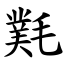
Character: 㲫